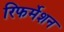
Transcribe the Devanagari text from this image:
रिफर्मेशन